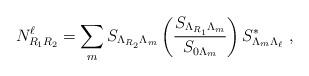
LaTeX: \begin{align*}N_{R_1 R_2 }^{\ell} = \sum_m S_{\Lambda_{R_2} \Lambda_m} \left ( {S_{\Lambda_{R_1} \Lambda_m} \over S_{0 {\Lambda_m}}} \right)S^*_{\Lambda_m \Lambda_{\ell}} ~, \end{align*}